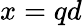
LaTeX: x=qd